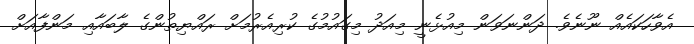
އެވާހަކައެއް ނޫނެވެ. ދަންނަވަން މިއުޅެނީ މިއަދު މިގައުމުގެ ކުރިއެރުމަށް ރައްޔިތުންގެ ލާބައާއި މަންފާއަށް